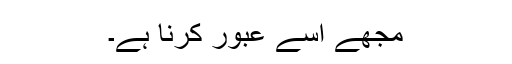
مجھے اسے عبور کرنا ہے۔